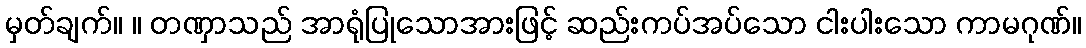
မှတ်ချက်။ ။ တဏှာသည် အာရုံပြုသောအားဖြင့် ဆည်းကပ်အပ်သော ငါးပါးသော ကာမဂုဏ်။